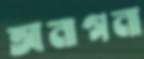
আনাগনা